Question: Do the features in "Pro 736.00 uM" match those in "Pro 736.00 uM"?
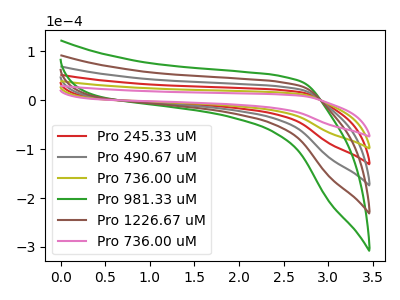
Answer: <think>The red curve "Pro 245.33 uM" has no peaks. The gray curve "Pro 490.67 uM" has no peaks. The olive curve "Pro 736.00 uM" has no peaks. The green curve "Pro 981.33 uM" has no peaks. The brown curve "Pro 1226.67 uM" has no peaks. The pink curve "Pro 736.00 uM" has no peaks.
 Neither "Pro 736.00 uM" or "Pro 736.00 uM" have any peaks.</think>
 <answer>"Pro 736.00 uM" and "Pro 736.00 uM" are similar in shape.</answer>
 <eval>same_shape</eval>